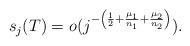
LaTeX: \begin{align*}s_j(T)=o(j^{-\left(\frac12+\frac{\mu_1}{n_1}+\frac{\mu_2}{n_2}\right)}).\end{align*}